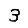
Digit: 3